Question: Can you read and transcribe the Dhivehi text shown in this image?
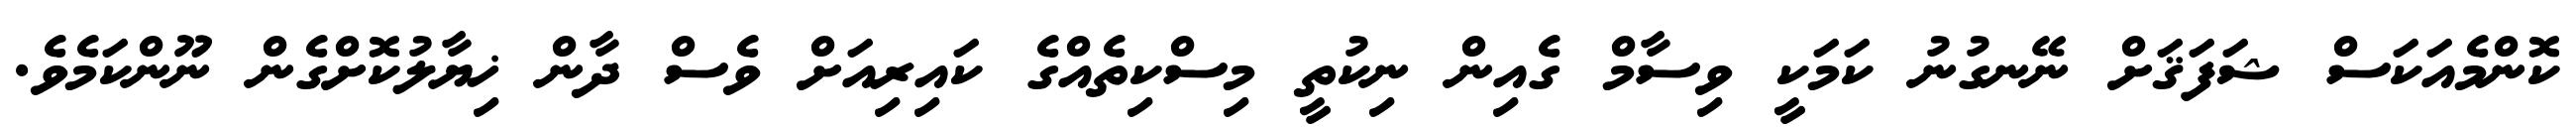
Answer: ކޮންމެއަކަސް ޝަފަޤަށް ނޭނގުނު ކަމަކީ ވިސާމް ގެއިން ނިކުތީ މިސްކިތެއްގެ ކައިރިއަށް ވެސް ދާން ޚިޔާލުކޮށްގެން ނޫންކަމެވެ.